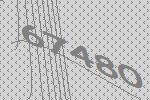
67480